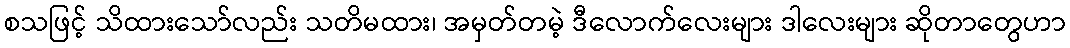
စသဖြင့် သိထားသော်လည်း သတိမထား၊ အမှတ်တမဲ့ ဒီလောက်လေးများ ဒါလေးများ ဆိုတာတွေဟာ